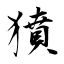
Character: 獖